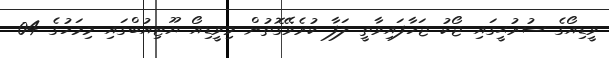
ވީޑިއޯގެ ސުރުޙީގައި ޖޯކު ޖަހާފައިވާތީ ލަފާ ކުރެވޭގޮތުން މިވީޑިއޯ ޔޫޓިއުބްގައި މިމަހުގެ 04